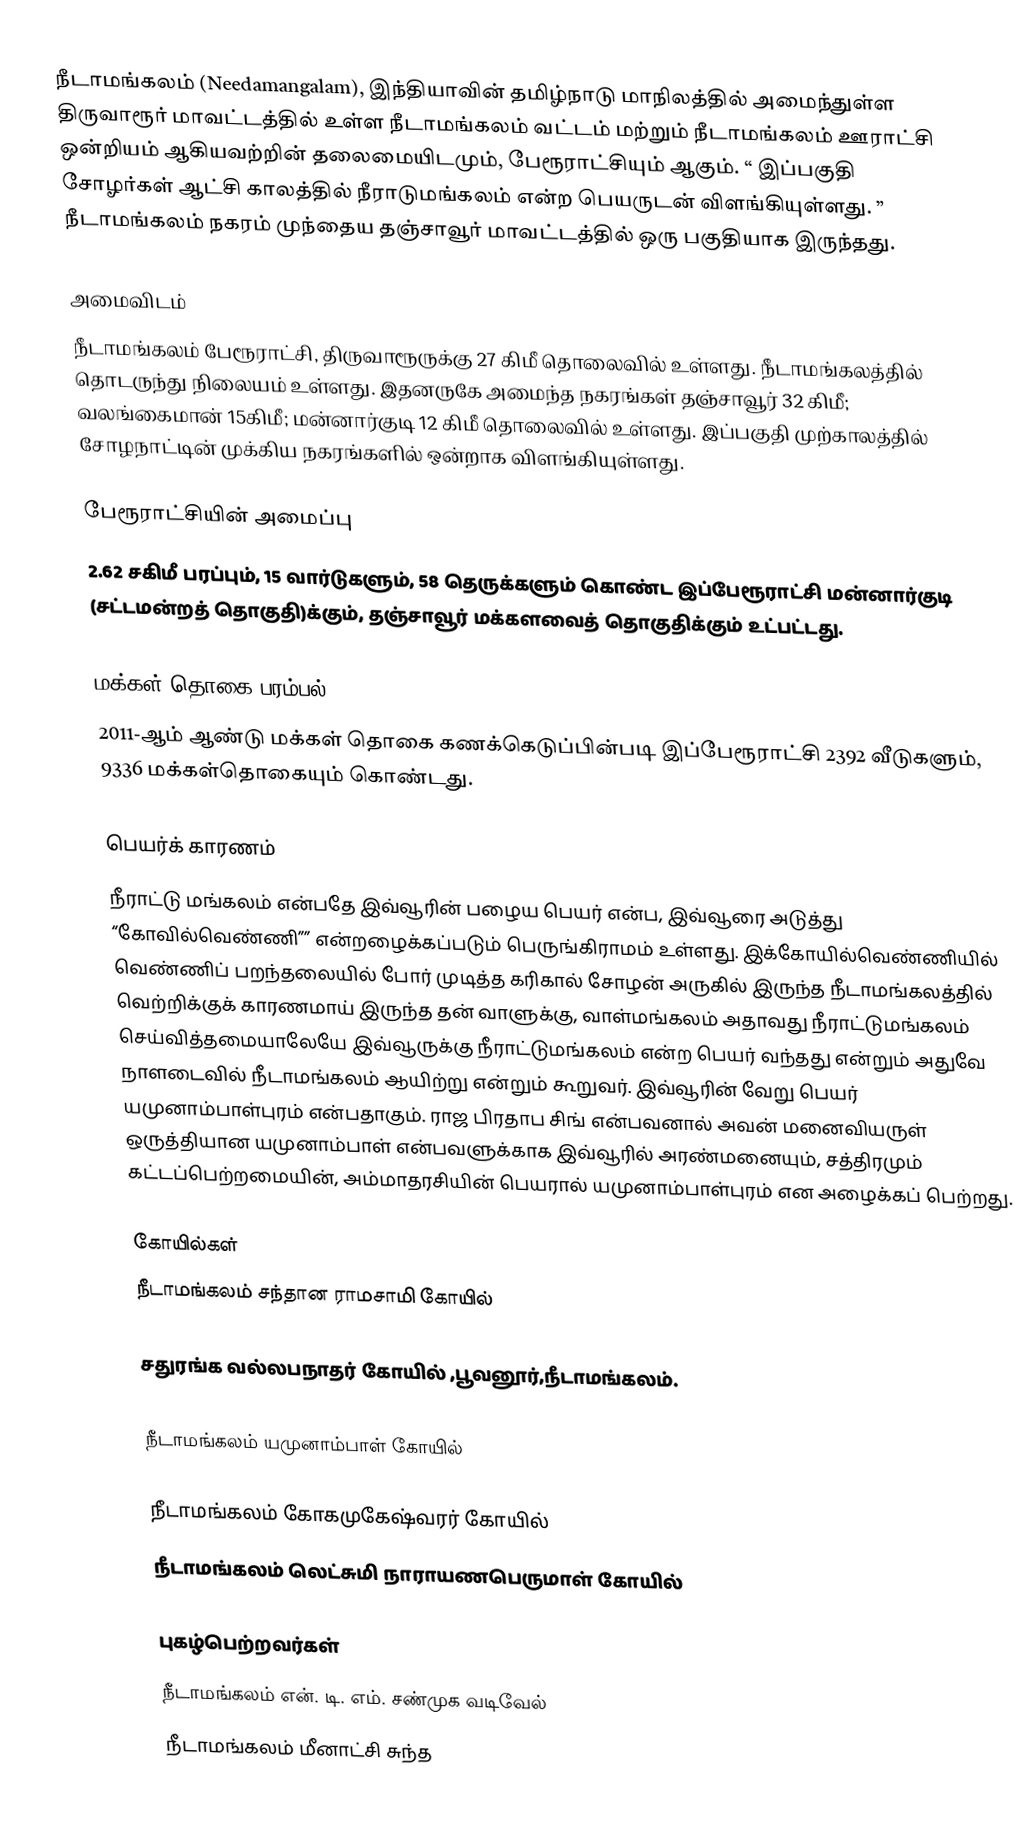
நீடாமங்கலம் (Needamangalam), இந்தியாவின் தமிழ்நாடு மாநிலத்தில் அமைந்துள்ள திருவாரூர் மாவட்டத்தில் உள்ள நீடாமங்கலம் வட்டம் மற்றும் நீடாமங்கலம் ஊராட்சி ஒன்றியம் ஆகியவற்றின் தலைமையிடமும்,   பேரூராட்சியும் ஆகும். “ இப்பகுதி சோழர்கள் ஆட்சி காலத்தில் நீராடுமங்கலம் என்ற பெயருடன் விளங்கியுள்ளது. ” நீடாமங்கலம் நகரம் முந்தைய தஞ்சாவூர் மாவட்டத்தில் ஒரு பகுதியாக இருந்தது.

அமைவிடம்
நீடாமங்கலம்  பேரூராட்சி, திருவாரூருக்கு  27 கிமீ தொலைவில் உள்ளது. நீடாமங்கலத்தில் தொடருந்து நிலையம் உள்ளது.  இதனருகே அமைந்த நகரங்கள் தஞ்சாவூர் 32 கிமீ; வலங்கைமான் 15கிமீ; மன்னார்குடி 12 கிமீ தொலைவில் உள்ளது. இப்பகுதி முற்காலத்தில் சோழநாட்டின் முக்கிய நகரங்களில் ஒன்றாக விளங்கியுள்ளது.

பேரூராட்சியின் அமைப்பு
2.62  சகிமீ பரப்பும், 15 வார்டுகளும், 58 தெருக்களும்  கொண்ட இப்பேரூராட்சி  மன்னார்குடி (சட்டமன்றத் தொகுதி)க்கும், தஞ்சாவூர் மக்களவைத் தொகுதிக்கும் உட்பட்டது.

மக்கள் தொகை பரம்பல்
2011-ஆம் ஆண்டு மக்கள் தொகை கணக்கெடுப்பின்படி  இப்பேரூராட்சி 2392  வீடுகளும், 9336 மக்கள்தொகையும் கொண்டது.

பெயர்க் காரணம்
நீராட்டு மங்கலம் என்பதே இவ்வூரின் பழைய பெயர் என்ப, இவ்வூரை அடுத்து “கோவில்வெண்ணி”” என்றழைக்கப்படும் பெருங்கிராமம் உள்ளது. இக்கோயில்‌வெண்ணியில் வெண்ணிப் பறந்தலையில் போர் முடித்த கரிகால் சோழன் அருகில் இருந்த நீடாமங்கலத்தில் வெற்றிக்குக் காரணமாய் இருந்த தன் வாளுக்கு, வாள்மங்கலம் அதாவது நீராட்டுமங்கலம் செய்‌வித்தமையாலேயே இவ்வூருக்கு நீராட்டுமங்கலம் என்ற பெயர் வந்தது என்றும் அதுவே நாளடைவில் நீடாமங்கலம் ஆயிற்று என்றும் கூறுவர். இவ்வூரின் வேறு பெயர் யமுனாம்பாள்புரம் என்பதாகும். ராஜ பிரதாப சிங் என்பவனால் அவன் மனைவியருள் ஒருத்தியான யமுனாம்பாள் என்பவளுக்காக இவ்வூரில் அரண்மனையும், சத்திரமும் கட்டப்பெற்றமையின், அம்மாதரசியின் பெயரால் யமுனாம்பாள்புரம் என அழைக்கப் பெற்றது.

கோயில்கள்
 நீடாமங்கலம் சந்தான ராமசாமி கோயில்

 சதுரங்க வல்லபநாதர் கோயில் ,பூவனூர்,நீடாமங்கலம்.

 நீடாமங்கலம் யமுனாம்பாள் கோயில்

 நீடாமங்கலம் கோகமுகேஷ்வரர் கோயில்
 நீடாமங்கலம் லெட்சுமி நாராயணபெருமாள் கோயில்

புகழ்பெற்றவர்கள்
 நீடாமங்கலம் என். டி. எம். சண்முக வடிவேல்
 நீடாமங்கலம் மீனாட்சி சுந்த